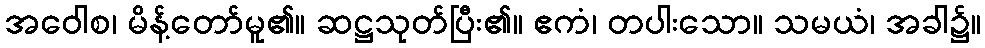
အဝေါစ၊ မိန့်တော်မူ၏။ ဆဋ္ဌသုတ်ပြီး၏။ ဧကံ၊ တပါးသော။ သမယံ၊ အခါ၌။